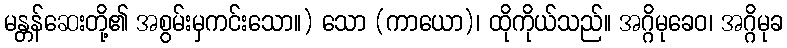
မန္တန်ဆေးတို့၏ အစွမ်းမှကင်းသော။) သော (ကာယော)၊ ထိုကိုယ်သည်။ အဂ္ဂိမုခေဝ၊ အဂ္ဂိမုခ